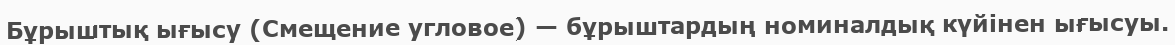
Бұрыштық ығысу (Смещение угловое) — бұрыштардың номиналдық күйінен ығысуы.